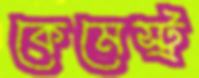
কেমেস্ট্র